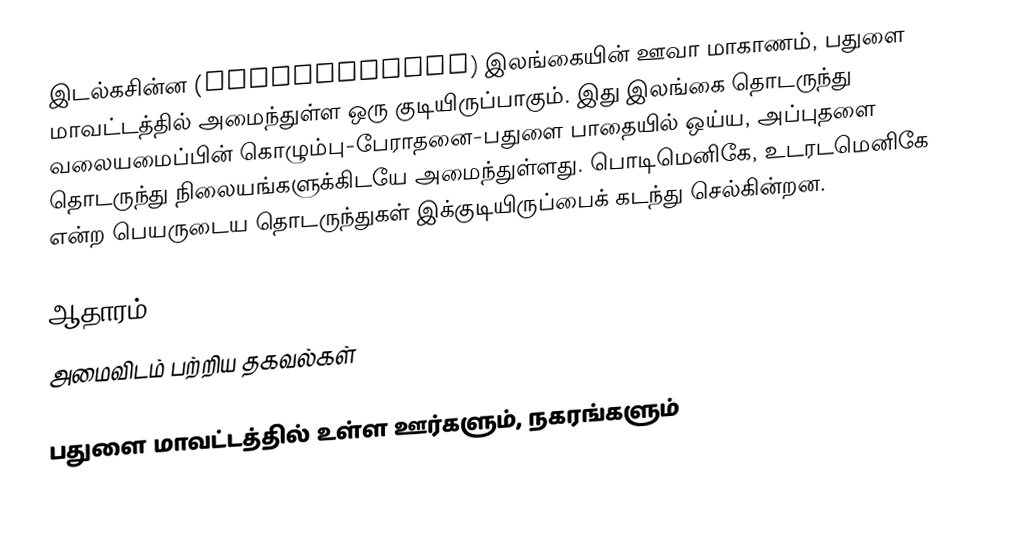
இடல்கசின்ன (Idalgashinna) இலங்கையின்  ஊவா மாகாணம், பதுளை மாவட்டத்தில் அமைந்துள்ள ஒரு குடியிருப்பாகும். இது இலங்கை தொடருந்து வலையமைப்பின் கொழும்பு-பேராதனை-பதுளை பாதையில் ஒய்ய, அப்புதளை தொடருந்து நிலையங்களுக்கிடயே அமைந்துள்ளது. பொடிமெனிகே, உடரடமெனிகே என்ற பெயருடைய தொடருந்துகள் இக்குடியிருப்பைக் கடந்து செல்கின்றன.

ஆதாரம்
அமைவிடம் பற்றிய தகவல்கள்

பதுளை மாவட்டத்தில் உள்ள ஊர்களும், நகரங்களும்